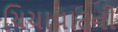
ચિચાવાટની